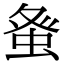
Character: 𮔇